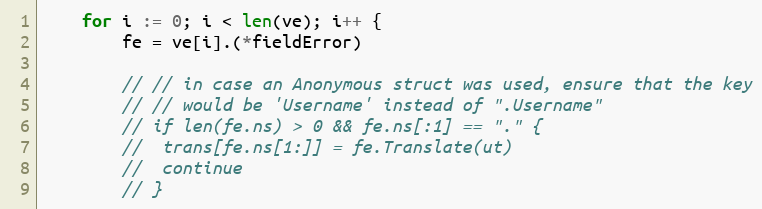
Language: Go
	for i := 0; i < len(ve); i++ {
		fe = ve[i].(*fieldError)

		// // in case an Anonymous struct was used, ensure that the key
		// // would be 'Username' instead of ".Username"
		// if len(fe.ns) > 0 && fe.ns[:1] == "." {
		// 	trans[fe.ns[1:]] = fe.Translate(ut)
		// 	continue
		// }